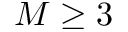
M \geq 3